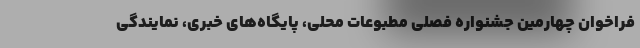
فراخوان چهارمین جشنواره فصلی مطبوعات محلی، پایگاه‌های خبری، نمایندگی